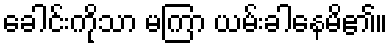
ခေါင်းကိုသာ မကြာ ယမ်းခါနေမိ၏။